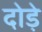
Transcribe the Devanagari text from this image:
दोड़े